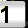
Digit: 1